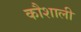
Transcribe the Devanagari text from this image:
कौशाली